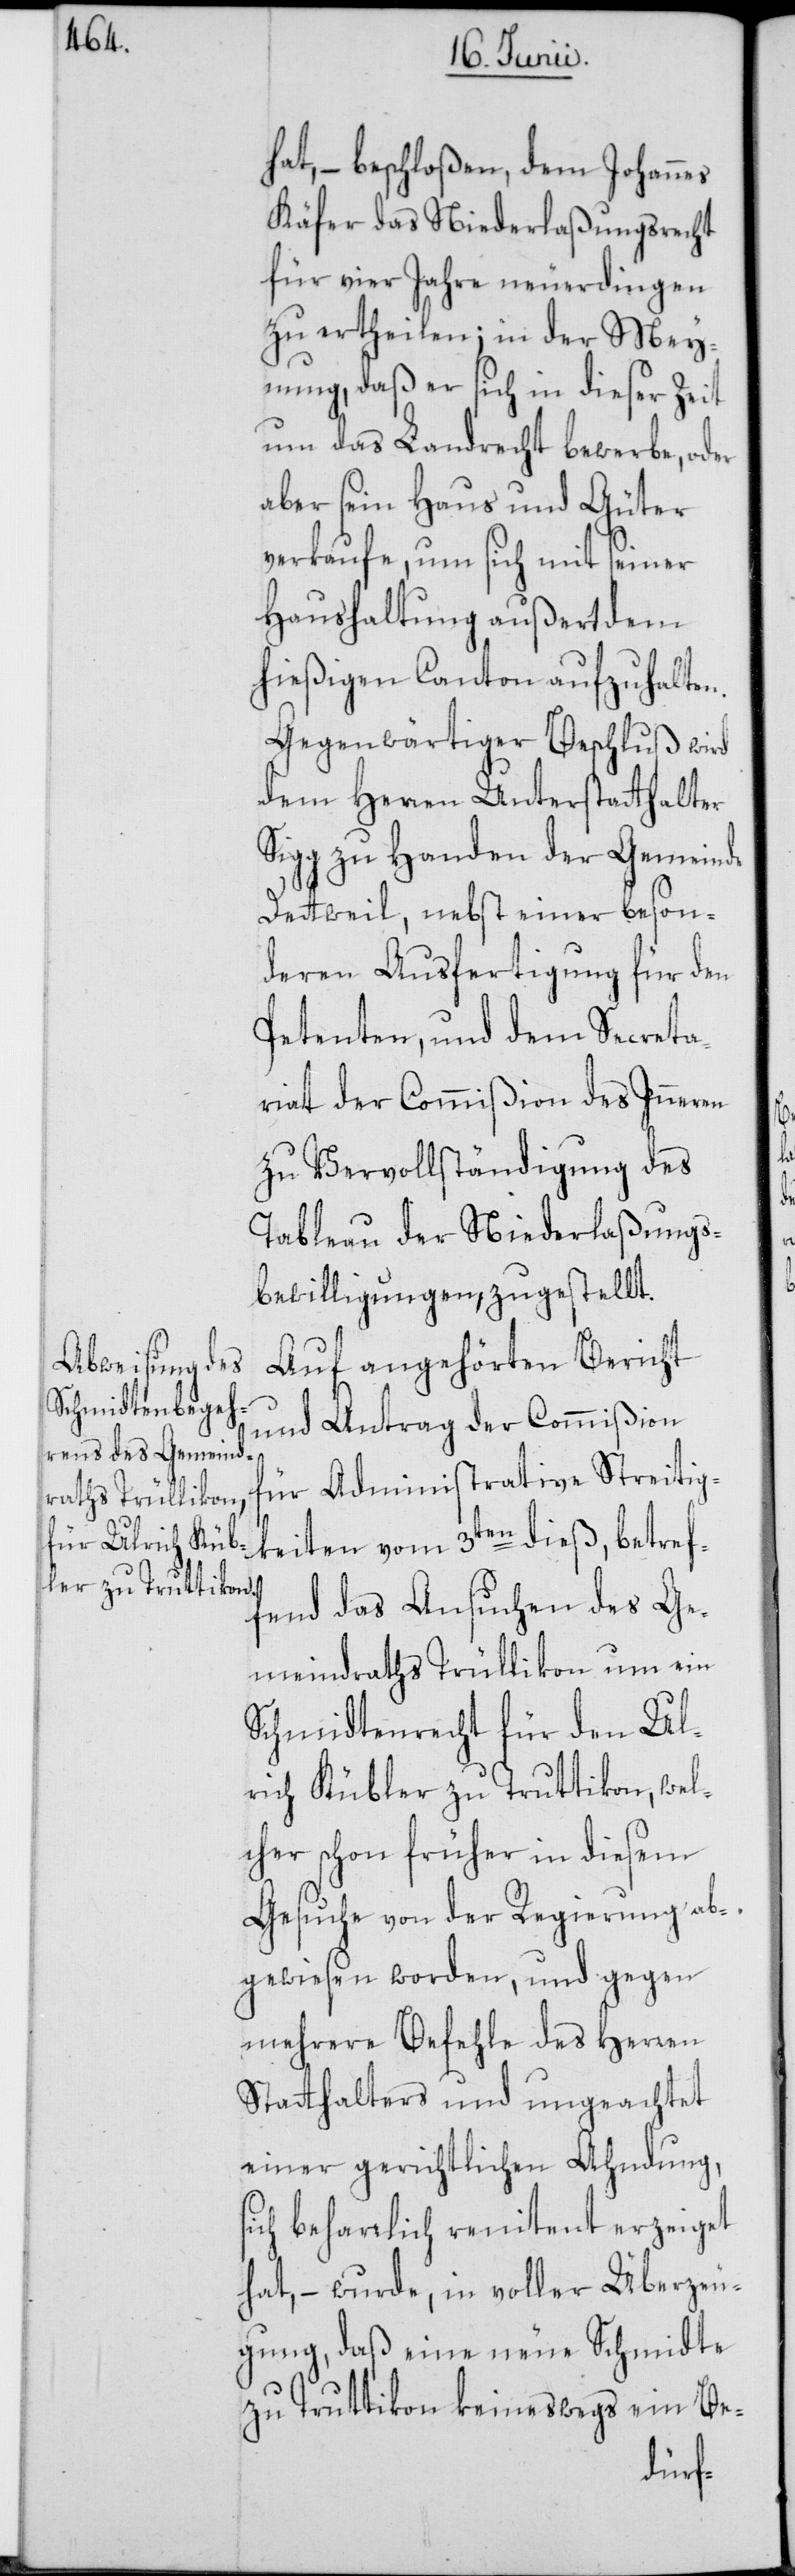
hat, – beschloßen, dem Johannes
Käfer das Niederlaßungsrecht
für vier Jahre neuerdingen
zu ertheilen; in der Mey¬
nung, daß er sich in dieser Zeit
um das Landrecht bewerbe, oder
aber sein Haus und Güter
verkaufe, um sich mit seiner
Haushaltung außert dem
hießigen Canton aufzuhalten.
Gegenwärtiger Beschluß wird
dem Herren Unterstatthalter
Sigg zu Handen der Gemeinde
Dettweil, nebst einer beson¬
deren Ausfertigung für den
Petenten, und dem Secreta¬
riat der Commißion des Inneren
zu Vervollständigung des
Tableau der Niederlaßungs¬
bewilligungen, zugestellt.
Auf angehörten Bericht
und Antrag der Commißion
für Administrative Streitig¬
keiten vom 3ten dieß, betref¬
fend das Ansuchen des Ge¬
meindraths Trüllikon um ein
Schmidtenrecht für den Ul¬
rich Kübler zu Truttikon, wel¬
cher schon früher in diesem
Gesuche von der Regierung ab¬
gewiesen worden, und gegen
mehrere Befehle des Herren
Statthalters, und ungeachtet
einer gerichtlichen Ahndung,
sich beharrlich renitent erzeiget
hat, – wurde, in voller Überzeu¬
gung, daß eine neue Schmidte
zu Truttikon keineswegs ein Be-